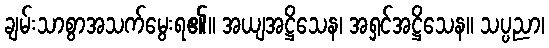
ချမ်းသာစွာအသက်မွေးရ၏။ အယျအဋ္ဌိသေန၊ အရှင်အဋ္ဌိသေန။ သပ္ပညာ၊